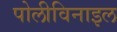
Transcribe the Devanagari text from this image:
पोलीविनाइल